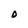
Character: O